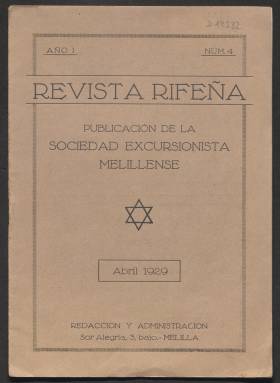
Título: Revista rifeña
Colección: África
Ámbito geográfico: Melilla
Lugar de publicación: Melilla
Fechas: 01/04/1929-30/06/1929